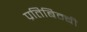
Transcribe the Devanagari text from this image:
प्रतिबिम्बी